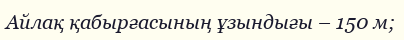
Айлақ қабырғасының ұзындығы – 150 м;